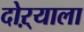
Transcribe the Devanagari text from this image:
दोऱ्याला